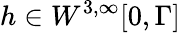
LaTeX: h\in W^{3,\infty}[0,\Gamma]